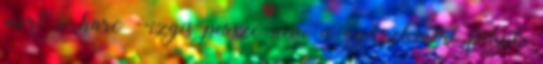
mert a harc --izgis persze nem a győzelemért folyik